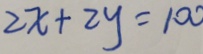
2 x + 2 y = 1 0 0